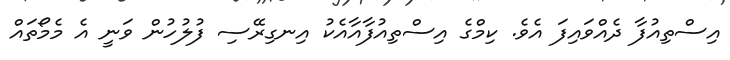
އިސްތިއުފާ ދެއްވައިފަ އެވެ. ކިމްގެ އިސްތިއުފާއާއެކު އިނގިރޭސި ފުލުހުން ވަނީ އެ މެމޯތައް